画像に写った文字を読んでください
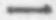
「一」と書いてあります